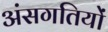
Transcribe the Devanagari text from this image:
अंसगतियों